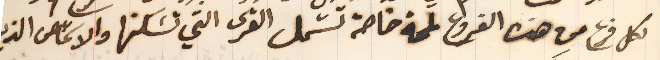
لكل فرع من هذه الفروع لمحة خاصة تشمل القرى التي تسَكنها والاشخاص الذي